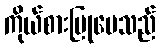
ကိုယ်စားပြုပေသည်